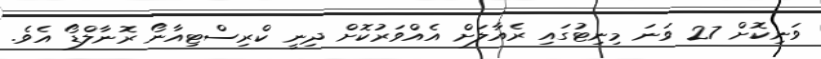
ވަނިކޮށް 27 ވަނަ މިނިޓުގައި ރެއާލަށް އެއްވަރުކޮށް ދިނީ ކްރިސްޓިއާނޯ ރޮނާލްޑޯ އެވެ.